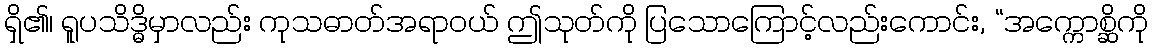
ရှိ၏၊ ရူပသိဒ္ဓိမှာလည်း ကုသဓာတ်အရာဝယ် ဤသုတ်ကို ပြသောကြောင့်လည်းကောင်း, “အက္ကောစ္ဆိကို